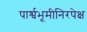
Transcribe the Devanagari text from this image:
पार्श्वभूमीनिरपेक्ष